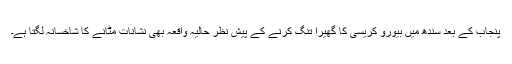
پنجاب کے بعد سندھ میں بیورو کریسی کا گھیرا تنگ کرنے کے پیش نظر حالیہ واقعہ بھی نشانات مٹانے کا شاخسانہ لگتا ہے۔